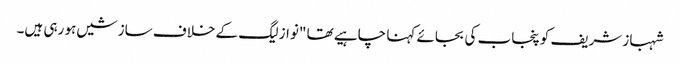
شہباز شریف کو پنجاب کی بجائے کہنا چاہیے تھا "نواز لیگ کے خلاف سازشیں ہو رہی ہیں۔